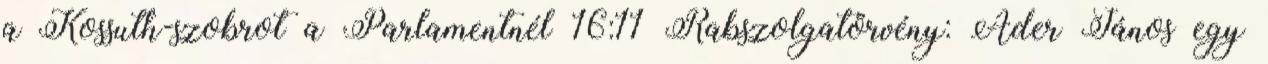
a Kossuth-szobrot a Parlamentnél 16:11 Rabszolgatörvény: Áder János egy